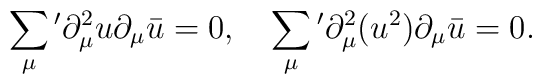
\sum_{\mu}{}'\partial_{\mu}^2 u \partial_{\mu} \bar{u}=0, \quad   \sum_{\mu}{}'\partial_{\mu}^2 (u^2) \partial_{\mu} \bar{u}=0.